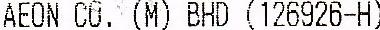
AEON CO. (M) BHD (126926-H)